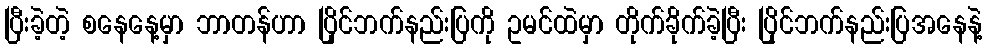
ပြီးခဲ့တဲ့ စနေနေ့မှာ ဘာတန်ဟာ ပြိုင်ဘက်နည်းပြကို ဥမင်ထဲမှာ တိုက်ခိုက်ခဲ့ပြီး ပြိုင်ဘက်နည်းပြအနေနဲ့